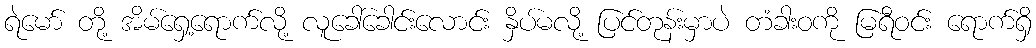
ရဲမော် တို့ အိမ်ရှေ့ရောက်လို့ လူခေါ်ခေါင်းလောင်း နှိပ်မလို့ ပြင်တုန်းမှာပဲ တံခါးဝကို မြရီဝင်း ရောက်ရှိ